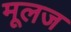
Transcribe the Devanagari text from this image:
मूलज